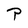
Character: P